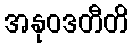
အနုဝဒတီတိ